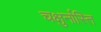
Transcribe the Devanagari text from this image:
चक्षुर्नास्ति